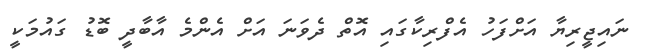
ނައިޖީރިޔާ އަށްފަހު އެފްރިކާގައި އޮތް ދެވަނަ އަށް އެންމެ އާބާދީ ބޮޑު ގައުމަކީ